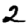
Digit: 2